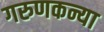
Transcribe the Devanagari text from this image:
गरुणकन्या